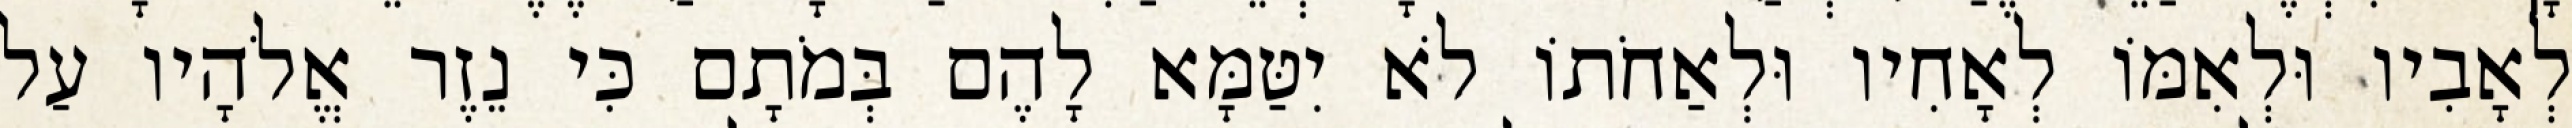
לְאָבִיו וּלְאִמּוֹ לְאָחִיו וּלְאַחֹתוֹ לֹא יִטַּמָּא לָהֶם בְּמֹתָם כִּי נֵזֶר אֱלֹהָיו עַל